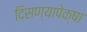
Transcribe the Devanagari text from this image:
दिसण्यापेक्षा